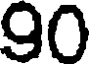
90